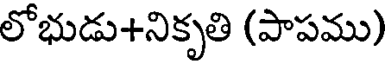
లోభుడు+నికృతి (పాపము)